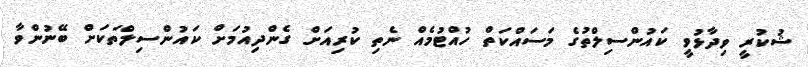
ޝުކުރީ ވިދާޅުވީ ކައުންސިލްތުގެ މަސައްކަތް ހުއްޓުމެއް ނެތި ކުރިއަށް ގެންދިއުމަށް ކައުންސިލްތަކަށް ބޭނުންވާ